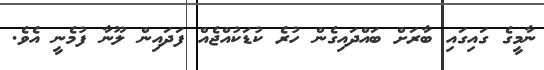
ނާމީގެ ގައިގައި ބާރަށް ބައްދައިގެން ހުރެ ކުޑަކުއްޖެއް ފަދައިން ލޫނާ ފުމެނީ އެވެ.